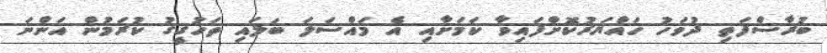
ބުރާސްފަތި ދުވަހު ހައްޔަރުކޮށްފައިވާ ކަމަށާއި އެ މައްސަލަ ބަލައި ތަހުގީގު ކުރަމުން އަންނަ